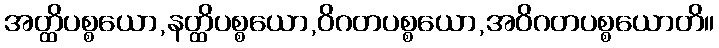
အတ္ထိပစ္စယော,နတ္ထိပစ္စယော,ဝိဂတပစ္စယော,အဝိဂတပစ္စယောတိ။